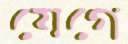
যেগে